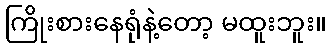
ကြိုးစားနေရုံနဲ့တော့ မထူးဘူး။